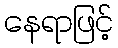
နေရာဖြင့်